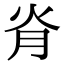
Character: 𦙊